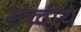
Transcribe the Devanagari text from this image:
सच्चीय